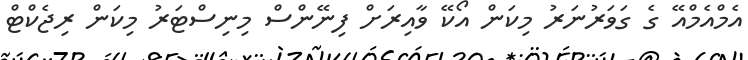
އެމްއެމްއޭ ގެ ގަވަރުނަރު މިކަން އޯކޭ ވާއިރަށް ފިނޭންސް މިނިސްޓަރު މިކަން ރިޖެކްޓް